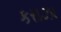
કરાઝા